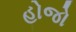
હોજો